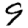
Digit: 9